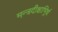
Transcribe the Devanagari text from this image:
मन्त्रदीक्षाभिर्र्ध